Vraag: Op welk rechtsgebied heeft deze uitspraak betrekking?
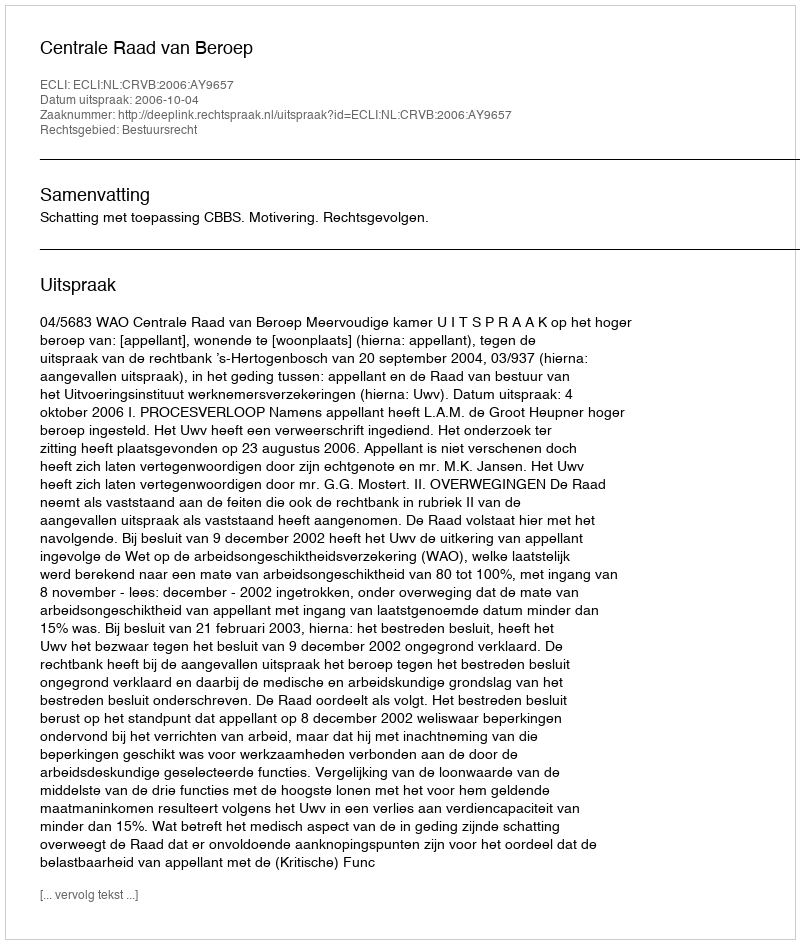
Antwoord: Bestuursrecht